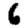
Digit: 6